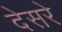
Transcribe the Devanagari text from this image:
देसरे